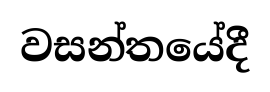
වසන්තයේදී